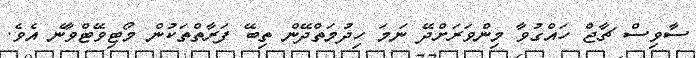
ސާވިސް ޗާޖް ހައްގުވާ މިންވަރަށްދޭ ނަމަ ހިދުމަތްދޭން ތިބޭ ފަރާތްތަކުން މޯޓިވޭޓްވާނެ އެވެ.